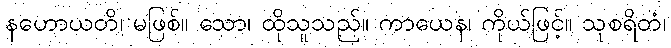
နဟောယတိ၊ မဖြစ်။ သော၊ ထိုသူသည်။ ကာယေန၊ ကိုယ်ဖြင့်။ သုစရိတံ၊